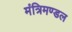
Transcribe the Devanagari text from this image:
मंत्रिमण्‍डल